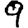
Digit: 9